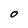
Character: 0